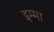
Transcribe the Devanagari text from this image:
इम्मा